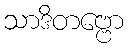
သာဒိတဗ္ဗော